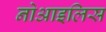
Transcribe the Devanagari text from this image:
नोआइलिस